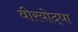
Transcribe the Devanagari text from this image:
वीरयोद्धा